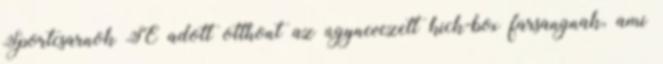
Sportcsarnok SE adott otthont az úgynevezett kick-box farsangnak, ami